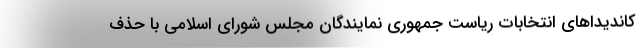
کاندیداهای انتخابات ریاست جمهوری نمایندگان مجلس شورای اسلامی با حذف